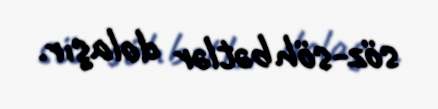
söz-söhbətlər dolaşır.